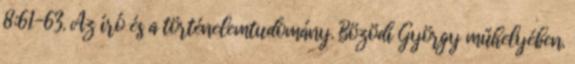
8:61-63. Az író és a történelemtudomány. Bözödi György műhelyében.